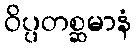
ဝိပ္ပတစ္ဆမာနံ